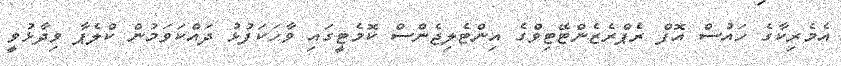
އެމެރިކާގެ ހައުސް އޮފް ރެޕްރެޒެންޓޭޓިވްގެ އިންޓެލިޖެންސް ކޮމެޓީގައި ވާހަކަފުޅު ދައްކަވަމުން ކްލެޕާ ވިދާޅުވީ